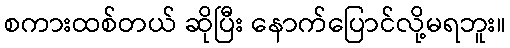
စကားထစ်တယ် ဆိုပြီး နောက်ပြောင်လို့မရဘူး။